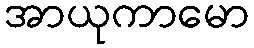
အာယုကာမော